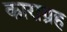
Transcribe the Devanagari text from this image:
काराग्रह